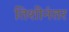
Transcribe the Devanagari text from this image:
तिशीनंतर